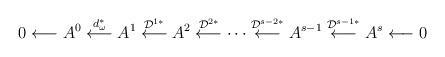
LaTeX: \begin{align*}0 \longleftarrow A^0 \buildrel d_\omega ^* \over\longleftarrow A^1 \buildrel {\cal D}^{1*} \over \longleftarrow A^2\buildrel {\cal D}^{2*}\over \longleftarrow \cdots \buildrel {\cal D}^{s-2*}\over \longleftarrow A^{s-1} \buildrel {\cal D}^{s-1*} \over \longleftarrow A^s \longleftarrow 0\end{align*}